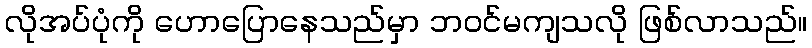
လိုအပ်ပုံကို ဟောပြောနေသည်မှာ ဘဝင်မကျသလို ဖြစ်လာသည်။